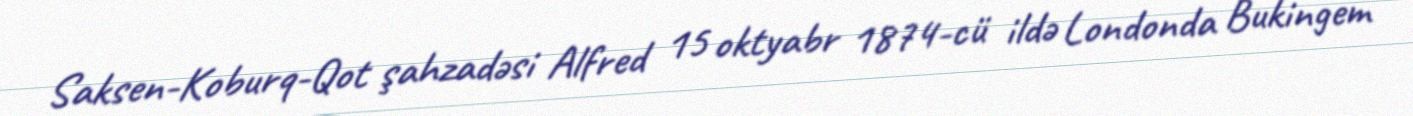
Saksen-Koburq-Qot şahzadəsi Alfred 15 oktyabr 1874-cü ildə Londonda Bukingem